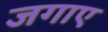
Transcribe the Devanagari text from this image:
जगाए